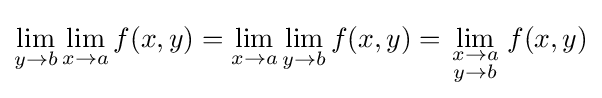
\lim _{y\to b}\lim _{x\to a}f(x,y)=\lim _{x\to a}\lim _{y\to b}f(x,y)=\lim _{\begin{smallmatrix}x\to a\\y\to b\end{smallmatrix}}f(x,y)